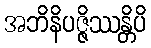
အဘိနိပဇ္ဇိဿန္တိပိ